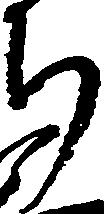
ち